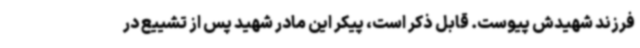
فرزند شهیدش پیوست. قابل ذکر است، پیکر این مادر شهید پس از تشییع در